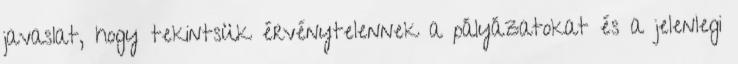
javaslat, hogy tekintsük érvénytelennek a pályázatokat és a jelenlegi